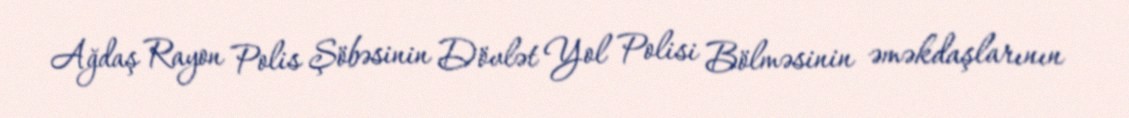
Ağdaş Rayon Polis Şöbəsinin Dövlət Yol Polisi Bölməsinin əməkdaşlarının